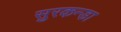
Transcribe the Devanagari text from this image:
सुरकन्डा